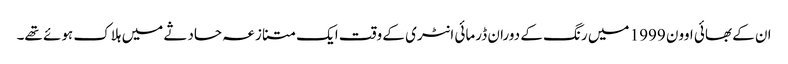
ان کے بھائی اوون 1999 میں رنگ کے دوران ڈرمائی انٹری کے وقت ایک متنازعہ حادثے میں ہلاک ہوئے تھے۔